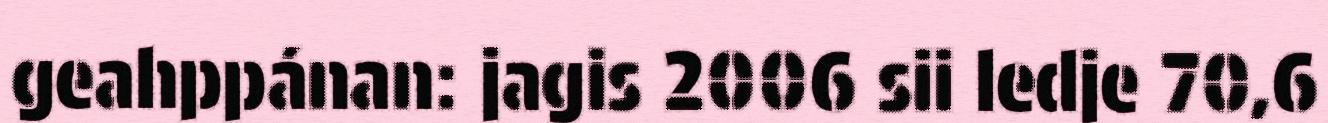
geahppánan: jagis 2006 sii ledje 70,6